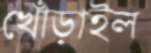
খোঁড়াইল